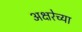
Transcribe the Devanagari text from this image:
अक्षरेच्या